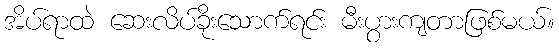
အိပ်ရာထဲ ဆေးလိပ်ခိုးသောက်ရင်း မီးပွားကျတာဖြစ်မယ်။